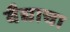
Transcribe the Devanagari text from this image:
वैद्याचा